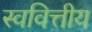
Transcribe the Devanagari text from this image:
स्ववित्तीय